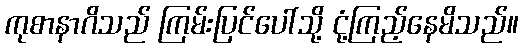
ကုစာနာဂိသည် ကြမ်းပြင်ပေါ်သို့ ငုံ့ကြည့်နေမိသည်။